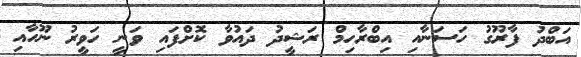
އަބްދު ފާރޫގު ހަސަނާއި އިބްރާހިމް ރަޝީދު ދައުވާ ކޮށްފައި ވަނީ ހަވީރު ނޫހާއި